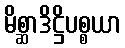
မိစ္ဆာဒိဋ္ဌိပစ္စယာ